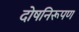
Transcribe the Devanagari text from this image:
दोषनिरूपण